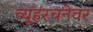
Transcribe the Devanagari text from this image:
व्यूहरचनेवर